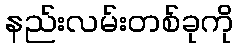
နည်းလမ်းတစ်ခုကို